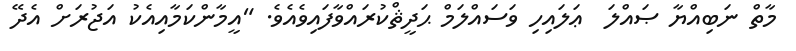
މާތް ނަބިއްޔާ ޞައްލަ  ޢަލައިހި ވަސައްލަމް ޙަދީޘްކުރައްވާފައިވެއެވެ. "އީމާންކަމާއިއެކު އަޖުރަށް އެދޭ